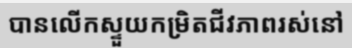
បានលើកស្ទួយកម្រិតជីវភាពរស់នៅ